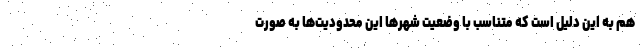
هم به این دلیل است که متناسب با وضعیت شهرها این محدودیت‌ها به صورت